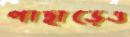
পাহাড়েও